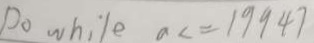
D o w h i l e a < = 1 9 9 4 7